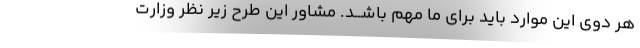
هر دوی این موارد باید برای ما مهم باشــد. مشاور این طرح زیر نظر وزارت